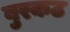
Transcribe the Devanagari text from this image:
बुरकठ